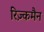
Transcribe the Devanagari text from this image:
रिज़्कमैन